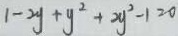
1 - 2 y + y ^ { 2 } + 2 y ^ { 2 } - 1 = 0